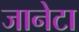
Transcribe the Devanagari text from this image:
जानेटा